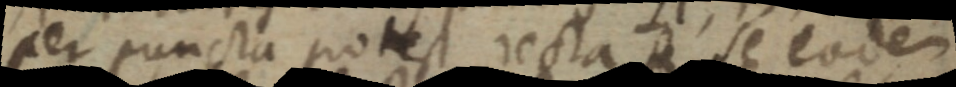
per puncta potest recta A se eodem